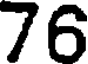
76